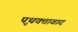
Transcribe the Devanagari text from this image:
पृथक्तावाद